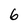
Character: 6